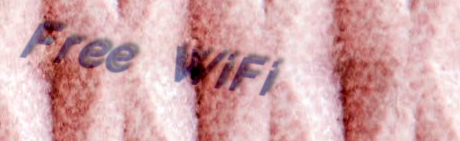
Free WiFi